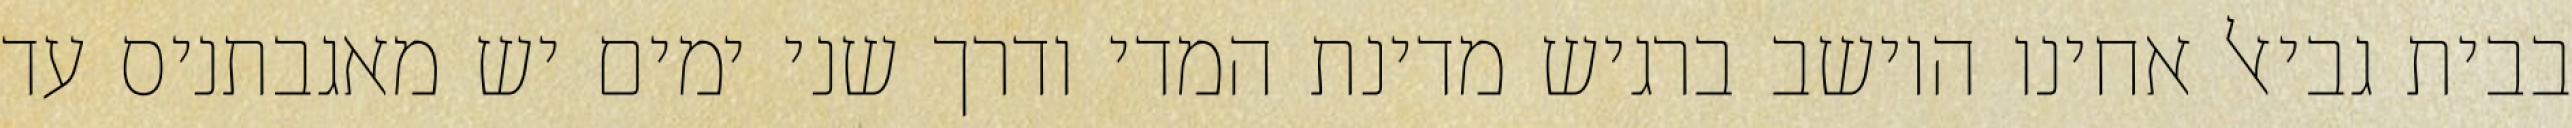
בבית גביאל אחינו היושב ברגיש מדינת המדי ודרך שני ימים יש מאגבתניס עד